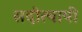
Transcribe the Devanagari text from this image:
सदोत्थायी